Medical and sanitary report on the native army of Bombay for the year
Year: 1879
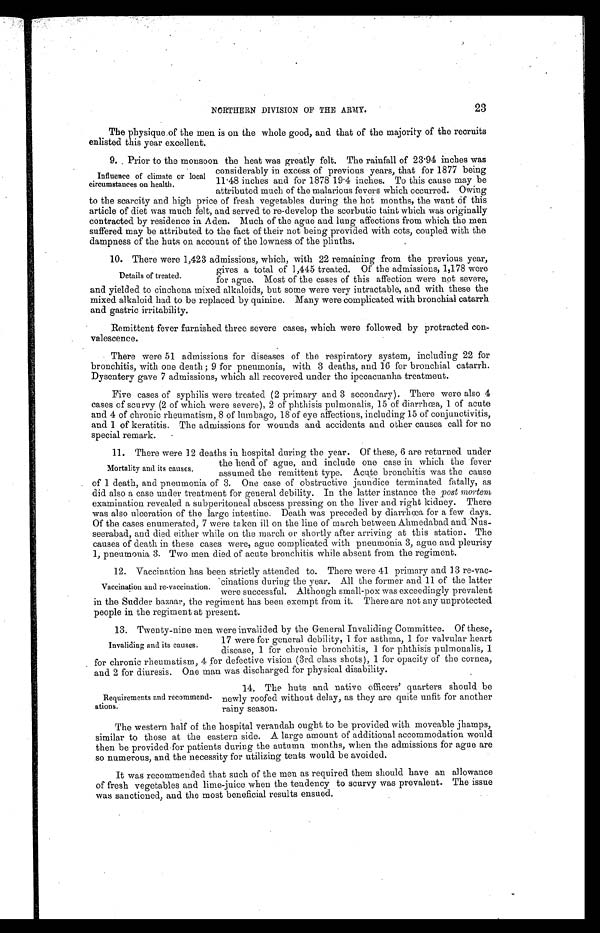
NORTHERN DIVISION OF THE ARMY.
23
The physique of the men is on the whole good, and that of the majority of the recruits
enlisted this year excellent.
9. Prior to the monsoon the heat was greatly felt. The rainfall of 23.94 inches was
considerably in excess of previous years, that for 1877 being
11.48 inches and for 1878 19.4 inches. To this cause may be
attributed much of the malarious fevers which occurred. Owing
to the scarcity and high price of fresh vegetables during the hot months, the want of this
article of diet was much felt, and served to re-develop the scorbutic taint which was originally
contracted by residence in Aden. Much of the ague and lung affections from which the men
suffered may be attributed to the fact of their not being provided with cots, coupled with the
dampness of the huts on account of the lowness of the plinths.
10. There were 1,423 admissions, which, with 22 remaining from the previous year,
gives a total of 1,445 treated. Of the admissions, 1,178 were
for ague. Most of the cases of this affection were not severe,
and yielded to cinchona mixed alkaloids, but some were very intractable, and with these the
mixed alkaloid had to be replaced by quinine. Many were complicated with bronchial catarrh
and gastric irritability.
Remittent fever furnished three severe cases, which were followed by protracted con
-valescence.
There were 51 admissions for diseases of the respiratory system, including 22 for
bronchitis, with one death; 9 for pneumonia, with 3 deaths, and 16 for bronchial catarrh.
Dysentery gave 7 admissions, which all recovered under the ipecacuanha treatment.
Five cases of syphilis were treated (2 primary and 3 secondary). There were also 4
cases of scurvy (2 of which were severe), 2 of phthisis pulmonalis, 15 of diarrhœa, 1 of acute
and 4 of chronic rheumatism, 8 of lumbago, 18 of eye affections, including 15 of conjunctivitis,
and 1 of keratitis. The admissions for wounds and accidents and other causes call for no
special remark.
11. There were 12 deaths in hospital during the year. Of these, 6 are returned under
the head of ague, and include one case in which the fever
assumed the remittent type. Acute bronchitis was the cause
of 1 death, and pneumonia of 3. One case of obstructive jaundice terminated fatally, as
did also a case under treatment for general debility. In the latter instance the post mortem
examination revealed a subperitoneal abscess pressing on the liver and right kidney. There
was also ulceration of the large intestine. Death was preceded by diarrhoea for a few days.
Of the cases enumerated, 7 were taken ill on the line of march between Ahmedabad and Nu
s - s e e r a b a d , a n d d i e d e i t h e r w h i l e o n t h e m a r c h o r s h o r t l y a f t e r a r r i v i n g a t t h i s s t a t i o n . T h e
causes of death in these cases were, ague complicated with pneumonia 3, ague and pleurisy
1, pneumonia 3. Two men died of acute bronchitis while absent from the regiment.
12. Vaccination has been strictly attended to. There were 41 primary and 13 re-vac
-cinations during the year. All the former and 11 of the latter
were successful. Although small-pox was exceedingly prevalent
in the Sudder bazaar, the regiment has been exempt from it. There are not any unprotected
people in the regiment at present.
13. Twenty-nine men were invalided by the General Invaliding Committee. Of these,
17 were for general debility, 1 for asthma, 1 for valvular heart
disease, 1 for chronic bronchitis, 1 for phthisis pulmonalis, 1
for chronic rheumatism, 4 for defective vision (3rd class shots), 1 for opacity of the cornea,
and 2 for diuresis. One man was discharged for physical disability.
Influence of climate or local
circumstances on health.
Details of treated.
Mortality and its causes.
Vaccination and re-vaccination.
Invaliding and its causes.
Requirements and recommend
-ations.
14. The huts and native officers' quarters should be
newly roofed without delay, as they are quite unfit for another
rainy season.
The western half of the hospital verandah ought to be provided with moveable jhamps,
similar to those at the eastern side. A large amount of additional accommodation would
then be provided for patients during the autumn months, when the admissions for ague are
so numerous, and the necessity for utilizing tents would be avoided.
It was recommended that such of the men as required them should have an allowance
of fresh vegetables and lime-juice when the tendency to scurvy was prevalent. The issue
was sanctioned, and the most beneficial results ensued.